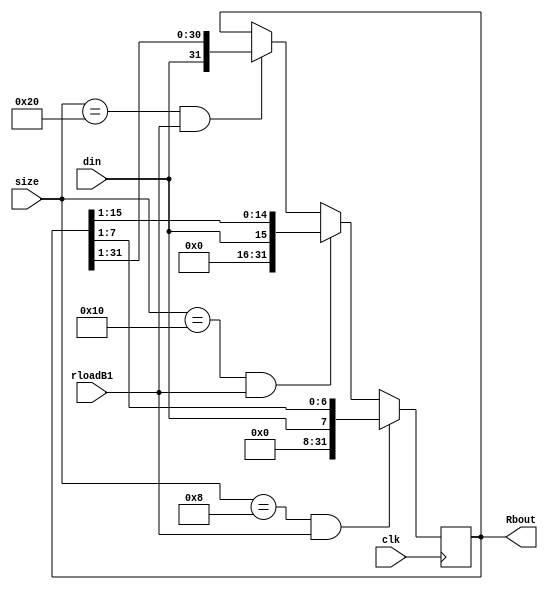
module RBuffer1 (Rbout,din,clk,size,rloadB1);

output [31:0] Rbout ;
input rloadB1;
reg [7:0]r1;
reg [15:0]r2;
reg [31:0] Rbout;
input din,clk;
input [7:0]size;
initial
begin
	Rbout<=32'b0;
	r1<=8'd0;
	r2<=16'd0;
end

always @ (negedge (clk))
begin 
	if(size==8'd8 && rloadB1)
	begin
	Rbout<={24'd0,din,Rbout[7:1]};
	end
	else if(size==8'd16 && rloadB1)
	begin
	Rbout<={16'd0,din,Rbout[15:1]};
	end
	else if(size==8'd32 && rloadB1)
	begin
	Rbout<={din,Rbout[31:1]};
	end
end
endmodule